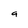
Character: a